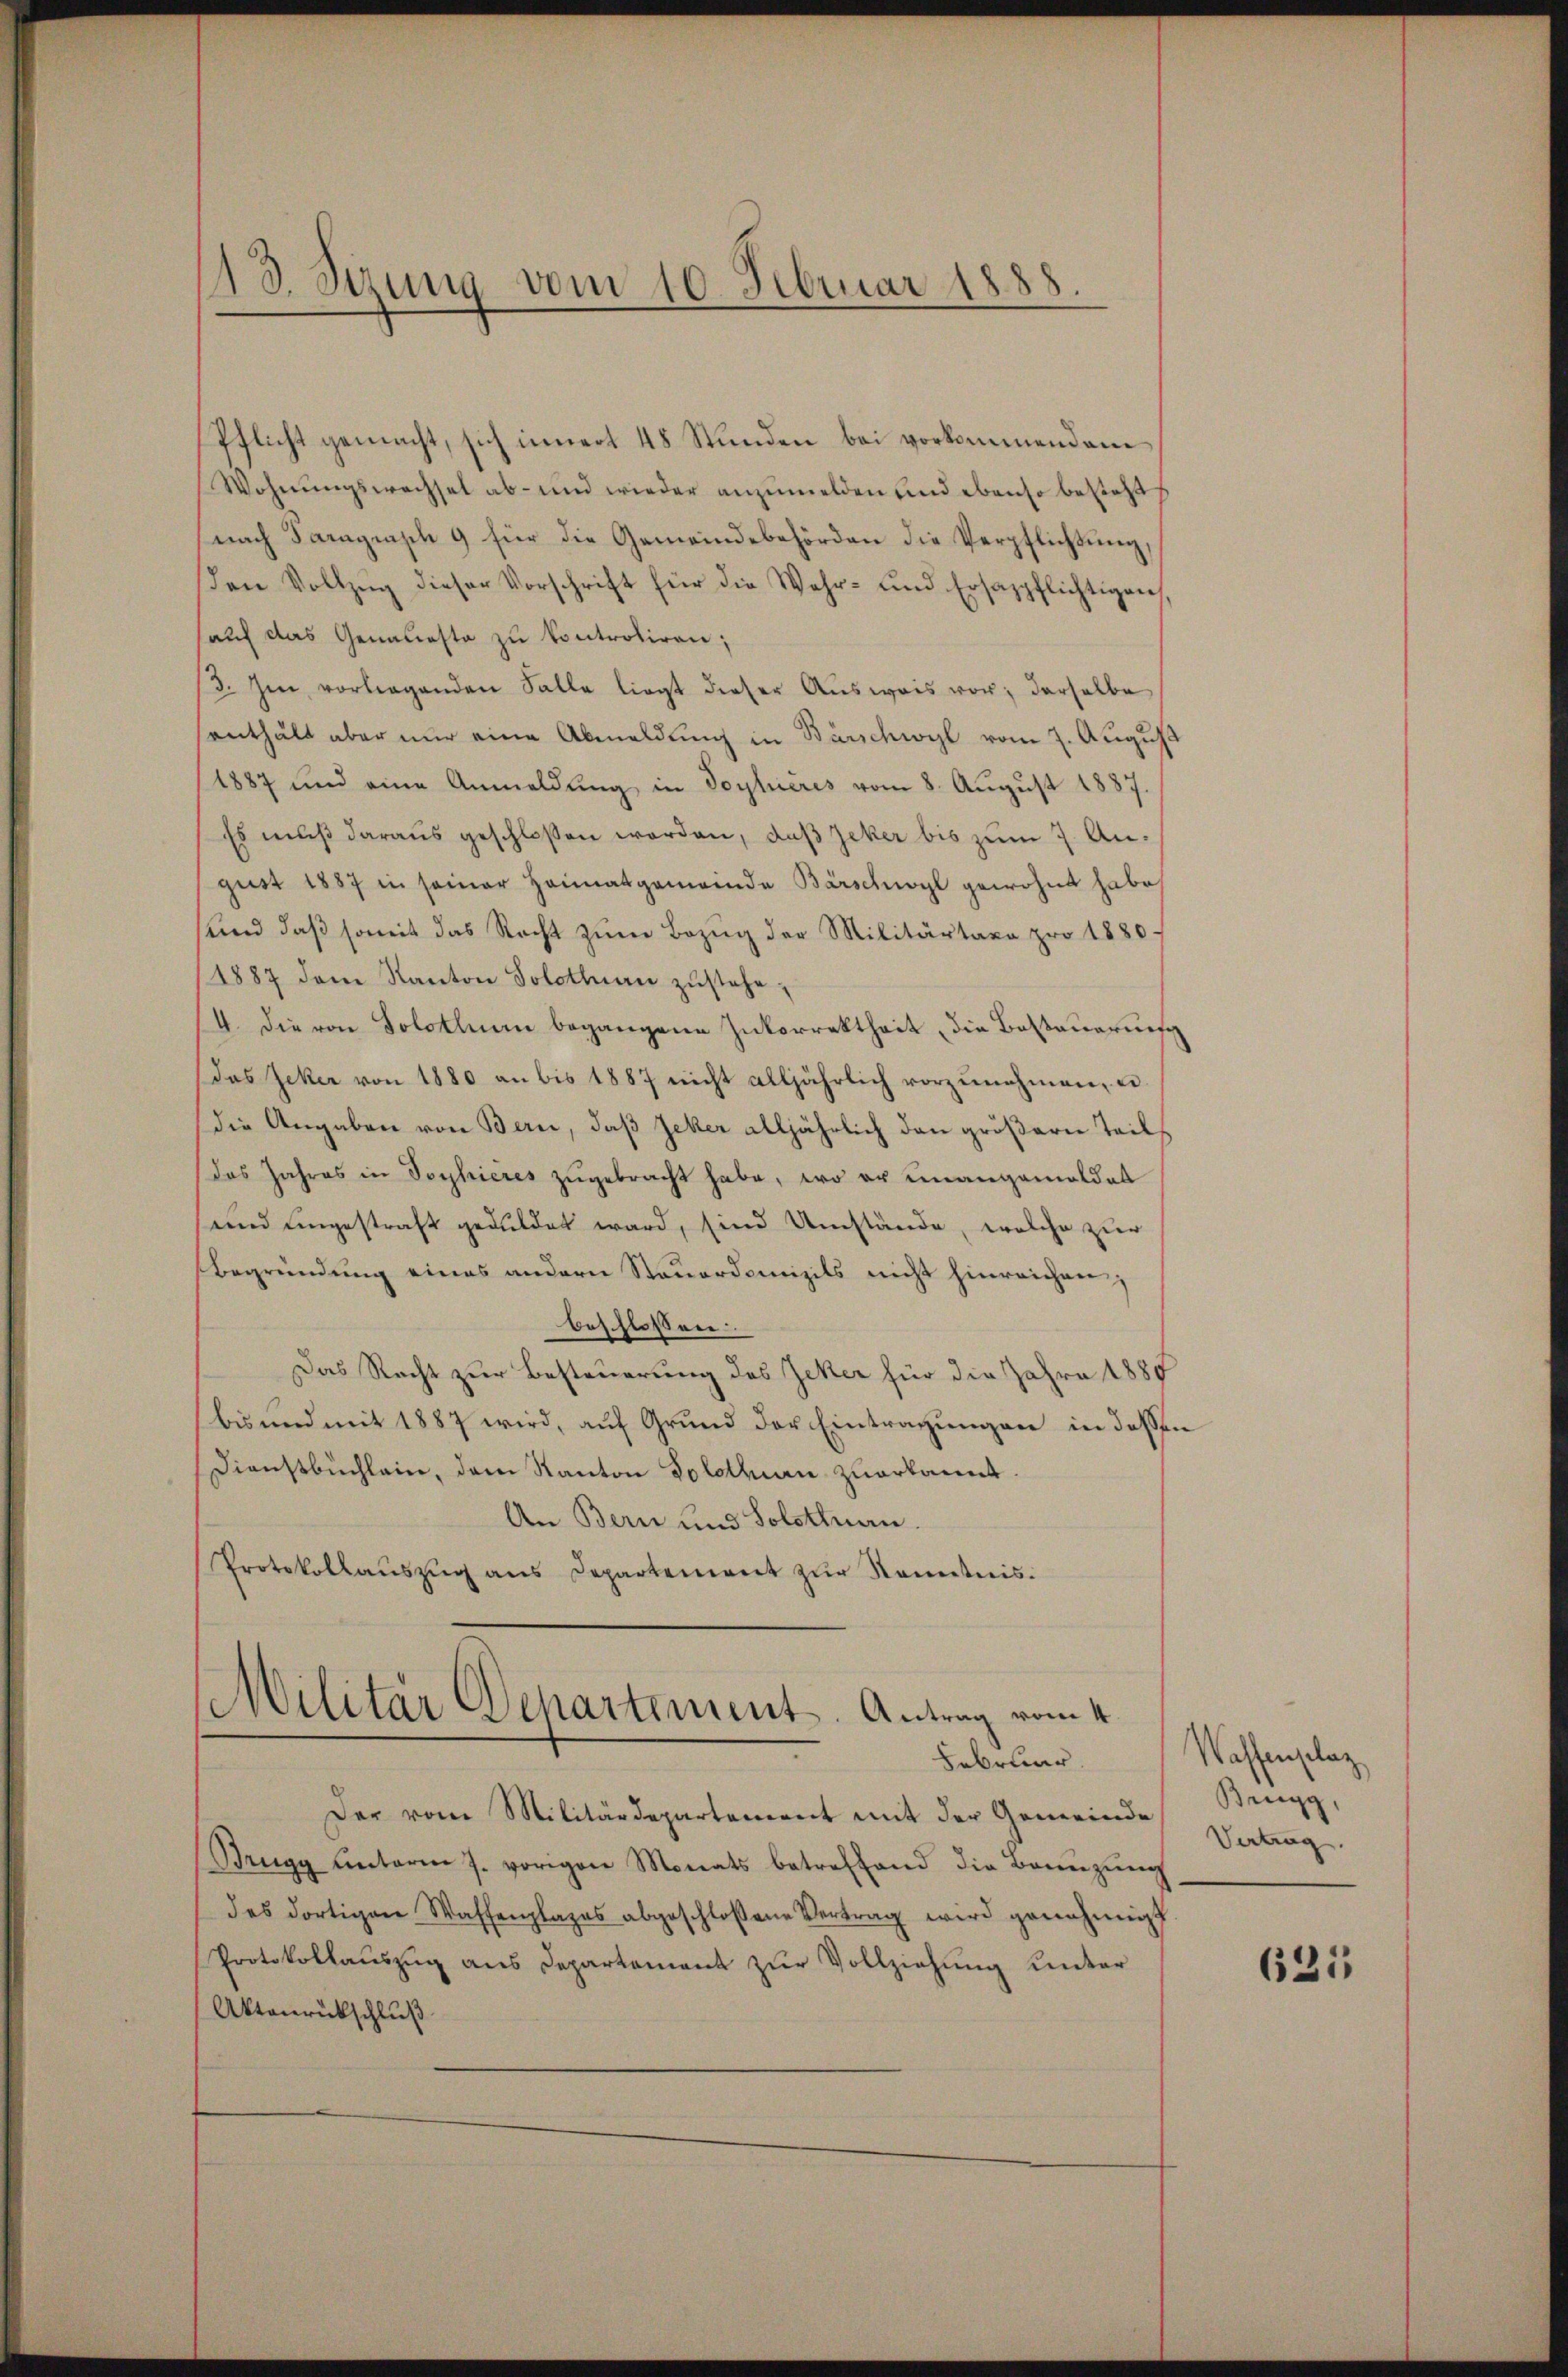
13. Setzung vom 10. Februar 1888.

Pflicht gemacht, sich innert 48 Stunden bei vorkommendem
Wohnŭngswechsel ab- und wieder anzumelden und ebenso besteht
nach Paragrasch 9 für die Gemeindebehörden die Verpflichtung,
den Vollzug dieser Vorschrift für die Wahr- und Ersazpflichtigen
(auf das Genaueste zu kontroliren;
3. Im vorliegenden Falle liegt dieser Aŭsweis vor; derselbe
senthält aber nur eine Abmeldung in Bürschwyl vom 7. August
1887 und eine Anmeldŭng in Soylieres vom 8. August 1887.
Es muß daraus geschloßen worden, daß jeker bis zum 7. Angust 1887 in seiner Heimatgemeinde Bärschwogl gewohnt habe,
und daβ somit das Recht zŭm Bezŭg der Militärtaxa pro 1880.
1887 dem Kanton Solothurn zŭstehe,
/4. die von Solothurn begangene Inkorrektheit, die Besteuerung
das Jeker von 1880 an bis 1887 nicht alljährlich vorzŭnehmen, u.
die Angaben von Bern, daß Zeker alljährlich den größern Teildas Jahres in Sophieres zugebracht habe, wo er unangemeldet
und ungestraft geduldet ward, sind Umstände, welche zur
Begründung eines andern Stauordomizils nicht hinreichen;
beschlossen.
Das Recht zur Besteuerung des Zeker für die Jahre 1885
bisnnd mit 1887 wird, aŭf Grund der Eintragungen in dessen
Dienstbuchlein, dem Kanton Solothurn zuerkannt.
An Bern und Solothnan
Protokollaŭszŭg ans Departement zŭr Kenntnis.

Militär Departement. Antrag vom 4.
Februar.

Der vom Militärdepartement mit der Gemeinde
Brugg unterm 7. vorigen Monats betreffend die Bonnzŭng
des dortigen Waffenplages abgeschlossene Vertrag wird genehmigt
Protokollauszug aus Departement zur Vollziehung unter
Aktanrückschluß

Waffenplaz
Brugg,
Vertrag.

625